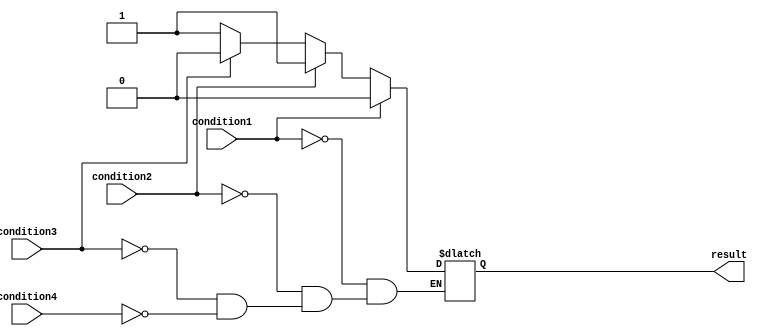
module Priority_Case_Statement(
    input wire condition1,
    input wire condition2,
    input wire condition3,
    input wire condition4,
    output reg result
);

always @*
begin
    case(1'b1)
        condition1: begin
            // Block of code corresponding to condition1
            result <= 1'b0;
        end
        
        condition2: begin
            // Block of code corresponding to condition2
            result <= 1'b1;
        end
        
        condition3: begin
            // Block of code corresponding to condition3
            result <= 1'b0;
        end
        
        condition4: begin
            // Block of code corresponding to condition4
            result <= 1'b1;
        end
    endcase
end

endmodule